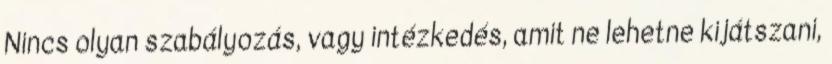
Nincs olyan szabályozás, vagy intézkedés, amit ne lehetne kijátszani,